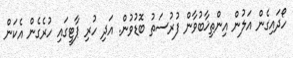
ހޯދައިގެން އަލުން އިންތިޚާބުވާން ފުރުސަތު ބޮޑުވުން. އަދި ހުރި ޕާޓީގައި ހުރެގެން އެކަން